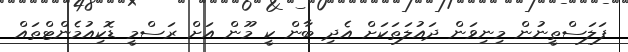
ފަލަސްތީނުން މިނިވަން ދައުލަތަކަށް އެދި ބާން ކީ މޫން އަށް ރަސްމީ ޑޮކިއުމެންޓްތައް